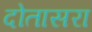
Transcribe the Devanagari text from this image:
दोतासरा